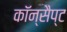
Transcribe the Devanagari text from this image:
कॉन्सैप्ट